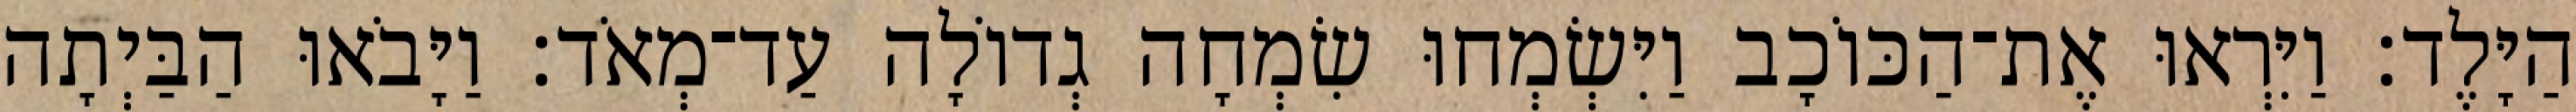
הַיָּלֶד׃ וַיִּרְאוּ אֶת־הַכּוֹכָב וַיִּשְׂמְחוּ שִׂמְחָה גְדוֹלָה עַד־מְאֹד׃ וַיָּבֹאוּ הַבַּיְתָה